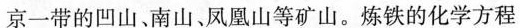
京一带的凹山、南山、凤凰山等矿山。炼铁的化学方程